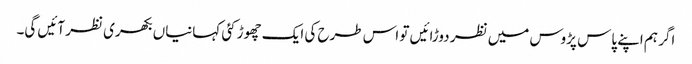
اگر ہم اپنے پاس پڑوس میں نظر دوڑائیں تو اس طرح کی ایک چھوڑ کئی کہانیاں بکھری نظر آئیں گی۔